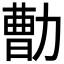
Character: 𰅕